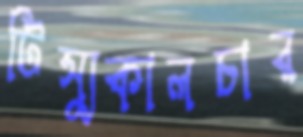
টিস্যুকালচার